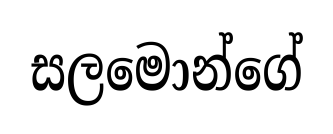
සලමොන්ගේ